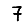
Digit: 7